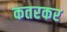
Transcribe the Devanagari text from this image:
कतरकर